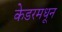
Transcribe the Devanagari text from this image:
केडरमधून